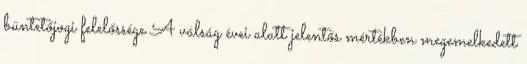
büntetőjogi felelőssége A válság évei alatt jelentős mértékben megemelkedett